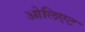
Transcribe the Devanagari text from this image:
ओलिएट